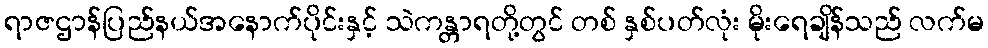
ရာဇဌာန်ပြည်နယ်အနောက်ပိုင်းနှင့် သဲကန္တာရတို့တွင် တစ် နှစ်ပတ်လုံး မိုးရေချိန်သည် လက်မ